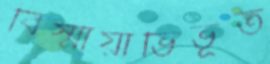
বিস্মায়াভিভূত